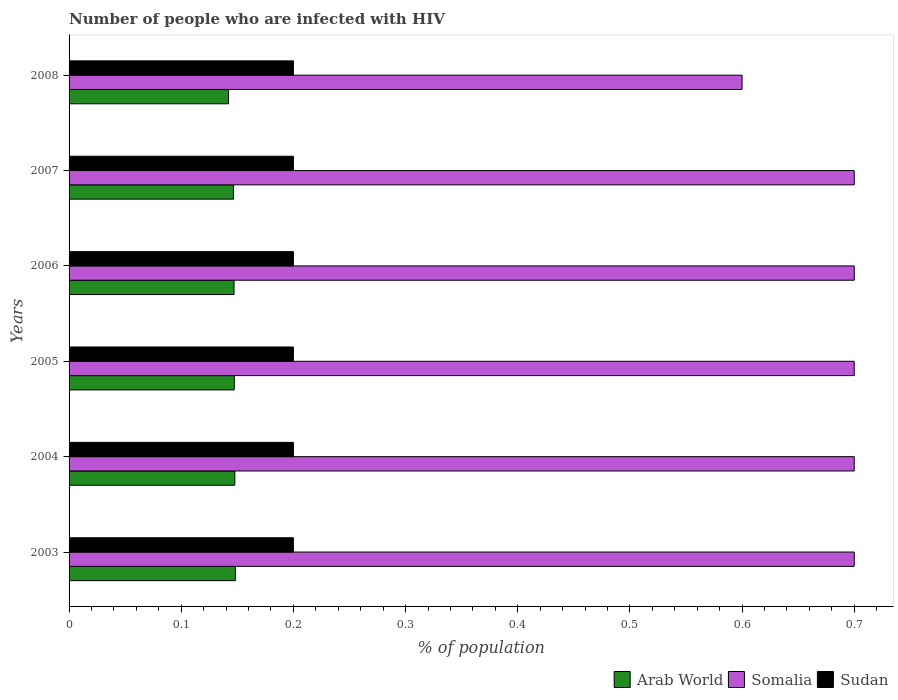
| Years | Arab World | Somalia | Sudan |
 | --- | --- | --- | --- |
 | 2003 | 0.148 | 0.7 | 0.2 |
 | 2004 | 0.148 | 0.7 | 0.2 |
 | 2005 | 0.147 | 0.7 | 0.2 |
 | 2006 | 0.147 | 0.7 | 0.2 |
 | 2007 | 0.147 | 0.7 | 0.2 |
 | 2008 | 0.142 | 0.6 | 0.2 |